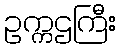
ဥက္ကဌကြီး